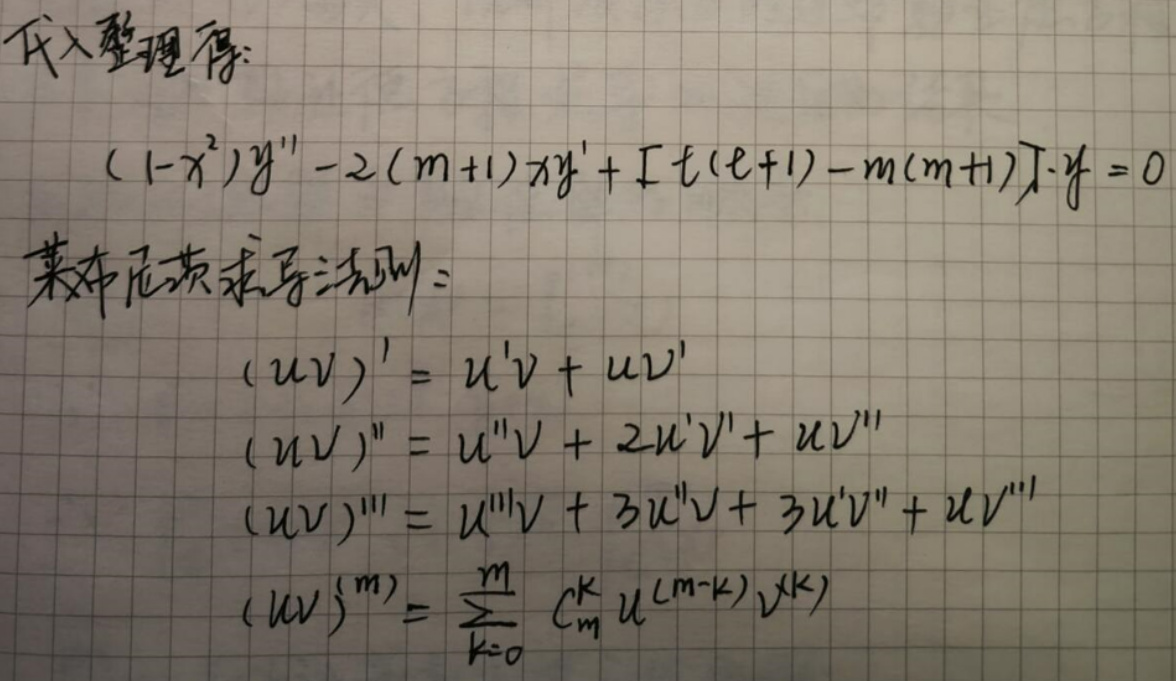
代入整理得:
\[
(1 - x^{2})y'' - 2(m + 1)xy' + [\ell(\ell + 1) - m(m + 1)]y = 0
\]
莱布尼茨求导法则:
\[
\begin{align*}
(uv)'&=u'v + uv'\\
(uv)''&=u''v + 2u'v' + uv''\\
(uv)'''&=u'''v+3u''v + 3u'v'' + uv'''\\
(uv)^{(m)}&=\sum_{k = 0}^{m}C_{m}^{k}u^{(m - k)}v^{(k)}
\end{align*}
\]